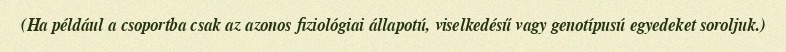
(Ha például a csoportba csak az azonos fiziológiai állapotú, viselkedésű vagy genotípusú egyedeket soroljuk.)